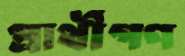
প্রার্থীগণ